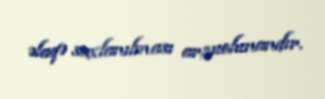
əlaqə saxlanılması arzuolunandır.